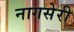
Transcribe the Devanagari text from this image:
नागसेरी